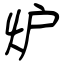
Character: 炉